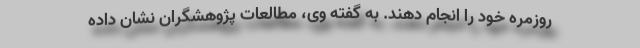
روزمره خود را انجام دهند. به گفته وی، مطالعات پژوهشگران نشان داده